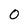
Character: 0